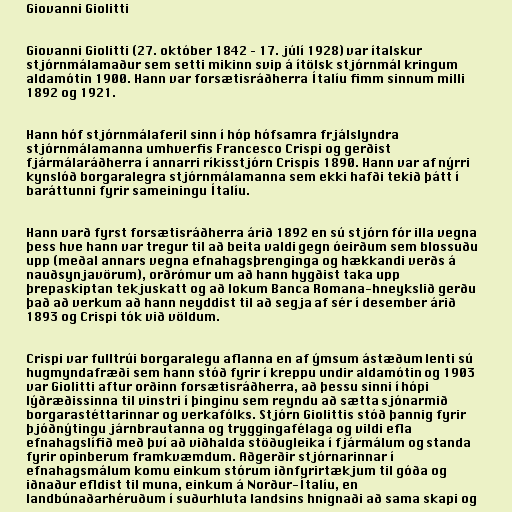
Giovanni Giolitti

Giovanni Giolitti (27. október 1842 – 17. júlí 1928) var ítalskur
stjórnmálamaður sem setti mikinn svip á ítölsk stjórnmál kringum
aldamótin 1900. Hann var forsætisráðherra Ítalíu fimm sinnum milli
1892 og 1921.

Hann hóf stjórnmálaferil sinn í hóp hófsamra frjálslyndra
stjórnmálamanna umhverfis Francesco Crispi og gerðist
fjármálaráðherra í annarri ríkisstjórn Crispis 1890. Hann var af nýrri
kynslóð borgaralegra stjórnmálamanna sem ekki hafði tekið þátt í
baráttunni fyrir sameiningu Ítalíu.

Hann varð fyrst forsætisráðherra árið 1892 en sú stjórn fór illa vegna
þess hve hann var tregur til að beita valdi gegn óeirðum sem blossuðu
upp (meðal annars vegna efnahagsþrenginga og hækkandi verðs á
nauðsynjavörum), orðrómur um að hann hygðist taka upp
þrepaskiptan tekjuskatt og að lokum Banca Romana-hneykslið gerðu
það að verkum að hann neyddist til að segja af sér í desember árið
1893 og Crispi tók við völdum.

Crispi var fulltrúi borgaralegu aflanna en af ýmsum ástæðum lenti sú
hugmyndafræði sem hann stóð fyrir í kreppu undir aldamótin og 1903
var Giolitti aftur orðinn forsætisráðherra, að þessu sinni í hópi
lýðræðissinna til vinstri í þinginu sem reyndu að sætta sjónarmið
borgarastéttarinnar og verkafólks. Stjórn Giolittis stóð þannig fyrir
þjóðnýtingu járnbrautanna og tryggingafélaga og vildi efla
efnahagslífið með því að viðhalda stöðugleika í fjármálum og standa
fyrir opinberum framkvæmdum. Aðgerðir stjórnarinnar í
efnahagsmálum komu einkum stórum iðnfyrirtækjum til góða og
iðnaður efldist til muna, einkum á Norður-Ítalíu, en
landbúnaðarhéruðum í suðurhluta landsins hnignaði að sama skapi og